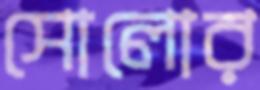
সোলোর